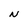
Character: N